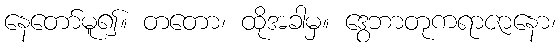
နေတော်မူ၍။ တတော၊ ထိုအခါမှ။ ဒွေဘာတုကရာဇာနော၊